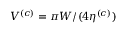
V ^ { ( c ) } = \pi W / ( 4 \eta ^ { ( c ) } )